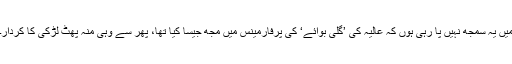
میں یہ سمجھ نہیں پا رہی ہوں کہ عالیہ کی ’گلی بوائے‘ کی پرفارمینس میں مجھ جیسا کیا تھا، پھر سے وہی منہ پھٹ لڑکی کا کردار۔